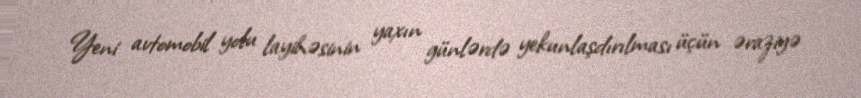
Yeni avtomobil yolu layihəsinin yaxın günlərdə yekunlaşdırılması üçün əraziyə